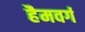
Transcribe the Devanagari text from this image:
हैमवर्ग